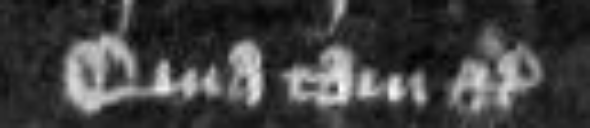
Quia tam etc